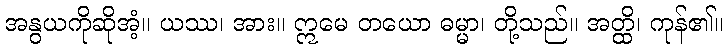
အနွယကိုဆိုအံ့။ ယဿ၊ အား။ ဣမေ တယော ဓမ္မာ၊ တို့သည်။ အတ္ထိ၊ ကုန်၏။